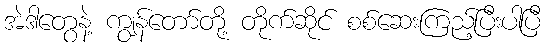
အဲဒါတွေနဲ့ ကျွန်တော်တို့ တိုက်ဆိုင် စစ်ဆေးကြည့်ပြီးပါပြီ